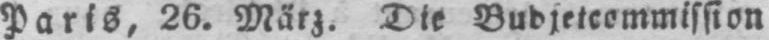
Paris, 26. März. Die Budjetcommission